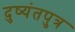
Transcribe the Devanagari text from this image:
दुष्यंतपुत्र